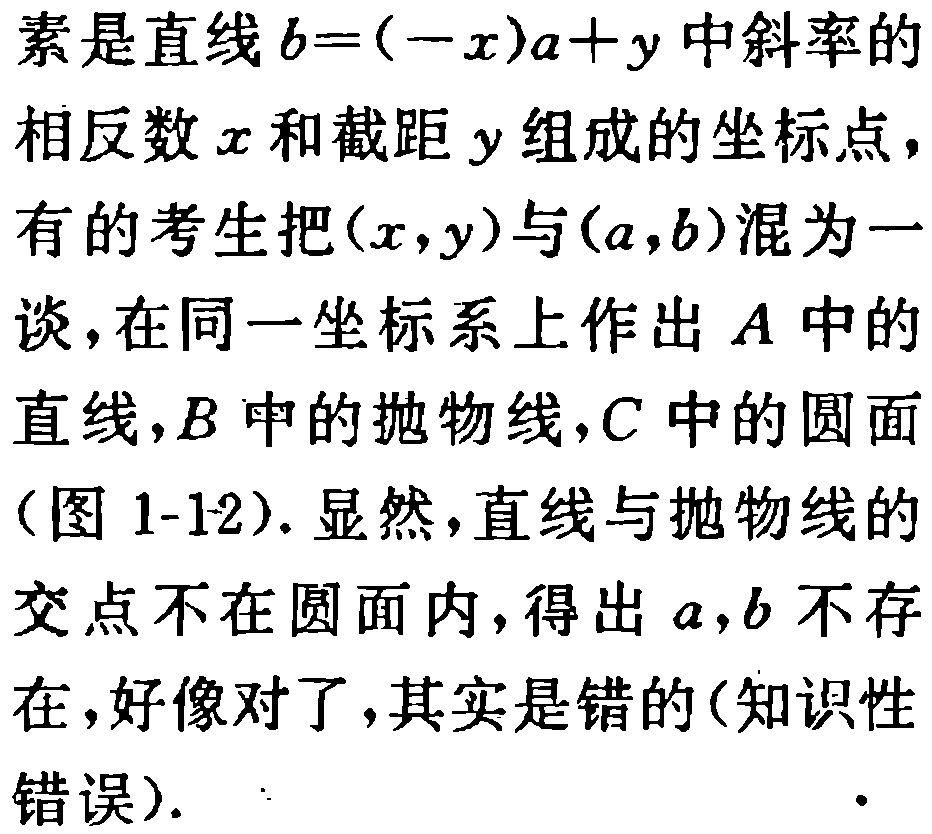
素是直线\(b = (-x)a + y\)中斜率的相反数\(x\)和截距\(y\)组成的坐标点，有的考生把\((x,y)\)与\((a,b)\)混为一谈，在同一坐标系上作出\(A\)中的直线，\(B\)中的抛物线，\(C\)中的圆面（图 1-12）. 显然，直线与抛物线的交点不在圆面内，得出\(a,b\)不存在，好像对了，其实是错的(知识性错误).